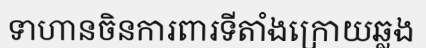
ទាហានចិនការពារទីតាំងក្រោយឆ្លង